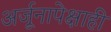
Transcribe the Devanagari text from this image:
अर्जूनापेक्षाही